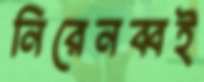
নিরেনব্বই